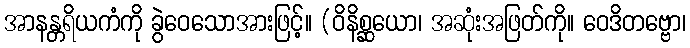
အာနန္တရိယကံကို ခွဲဝေသောအားဖြင့်။ (ဝိနိစ္ဆယော၊ အဆုံးအဖြတ်ကို။ ဝေဒိတဗ္ဗော၊